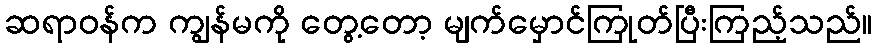
ဆရာဝန်က ကျွန်မကို တွေ့တော့ မျက်မှောင်ကြုတ်ပြီးကြည့်သည်။